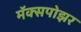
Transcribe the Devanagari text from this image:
मॅक्सपोझर